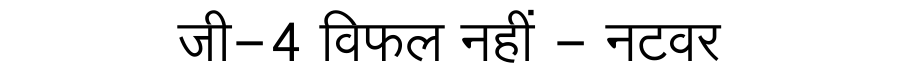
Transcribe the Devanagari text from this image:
जी-4 विफल नहीं - नटवर